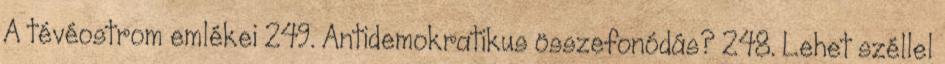
A tévéostrom emlékei 249. Antidemokratikus összefonódás? 248. Lehet széllel